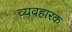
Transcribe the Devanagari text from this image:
व्यवहारक